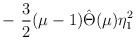
\begin{align*}-~ \frac{3}{2} (\mu-1) \hat{\Theta}(\mu) \eta_1^2 \end{align*}